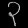
Digit: ၃